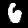
Label: 6